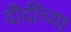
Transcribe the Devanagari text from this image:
दीदींच्या